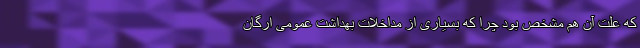
که علت آن هم مشخص بود چرا که بسیاری از مداخلات بهداشت عمومی ارگان